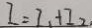
I = I _ { 1 } + I _ { 2 \cdot }